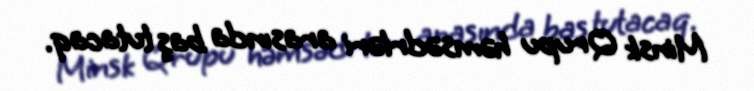
Minsk Qrupu həmsədrləri arasında baş tutacaq.